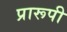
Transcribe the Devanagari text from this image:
प्रारूपी